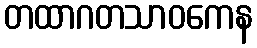
တထာဂတသာဝကေန